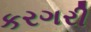
કરગરી